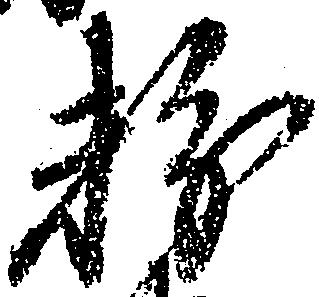
粉